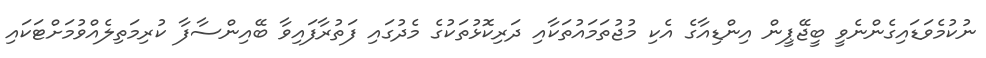
ނުކުމެވަޑައިގެންނެވީ ބީޖޭޕީން އިންޑިއާގެ އެކި މުޖުތަމައުތަކާއި ދަރިކޮޅުތަކުގެ މެދުގައި ފަތުރާފައިވާ ބޭއިންސާފާ ކުރިމަތިލެއްވުމަށްޓަކައި